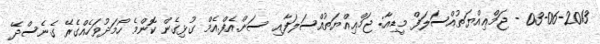
03-06-2013 - ޖަމްޢިއްޔަތުއްސަލަފް މީޑިއާ: ޖަމްޢިއްޔަތުއްސަލަފާއި ސަން.އެފް.އެމް ގުޅިގެން ކޮންމެ ހޯމަދުވަހެއްގެރޭ ގެނެސްދޭ